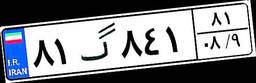
۸۱گ۸۴۱۸۱